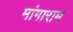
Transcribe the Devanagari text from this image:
मांगाराम